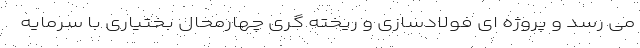
می رسد و پروژه ای فولادسازی و ریخته گری چهارمحال بختیاری با سرمایه